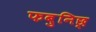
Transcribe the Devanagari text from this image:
फबुनिछ्